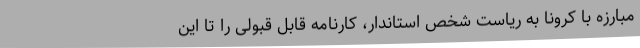
مبارزه با کرونا به ریاست شخص استاندار، کارنامه قابل قبولی را تا این